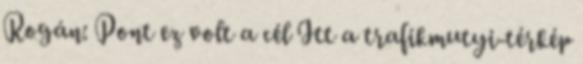
Rogán: Pont ez volt a cél Itt a trafikmutyi-térkép